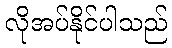
လိုအပ်နိုင်ပါသည်